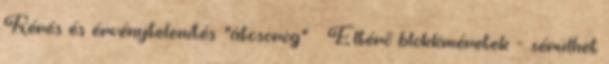
Kérés és érvénytelenítés “átcsorog” ● Eltérő blokkméretek – sérülhet